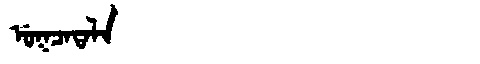
Manchu: ᡠᡴᠴᠠᡨᠠᠯᠠ
Romanization: UKCATALA